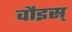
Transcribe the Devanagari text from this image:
वौइस्